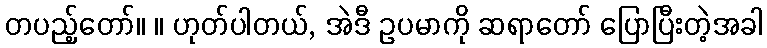
တပည့်တော်။ ။ ဟုတ်ပါတယ်, အဲဒီ ဥပမာကို ဆရာတော် ပြောပြီးတဲ့အခါ